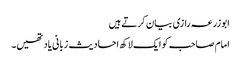
ابوزرعہ رازی بیان کرتے ہیں
امام صاحب کو ایک لاکھ احادیث زبانی یاد تھیں۔